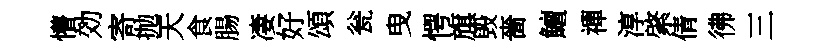
懵効寄抛天食腸凄好頌瓮曳愕旗毁嗇鱣禪淳綮倩彿三